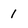
Character: 1